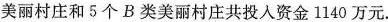
美丽村庄和5个B类美丽村庄共投入资金1140万元.